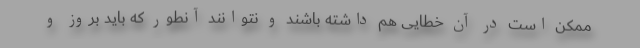
ممکن است در آن خطایی هم داشته باشند و نتوانند آنطور که باید بروز و